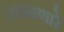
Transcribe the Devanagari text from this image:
उधळणारे